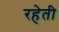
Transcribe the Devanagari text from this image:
रहेती